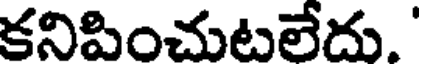
కనిపించుటలేదు. '